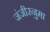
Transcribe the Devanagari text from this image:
जंजीरनुमा